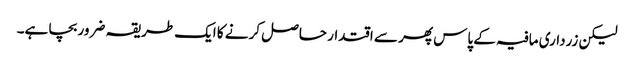
لیکن زرداری مافیہ کے پاس پھر سے اقتدار حاصل کرنے کا ایک طریقہ ضرور بچا ہے۔